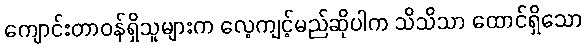
ကျောင်းတာဝန်ရှိသူများက လေ့ကျင့်မည်ဆိုပါက သိသိသာ ထောင်ရှိသော